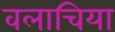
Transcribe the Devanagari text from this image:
वलाचिया